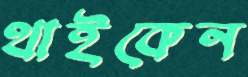
থাইকেন